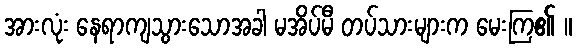
အားလုံး နေရာကျသွားသောအခါ မအိပ်မီ တပ်သားများက မေးကြ၏ ။